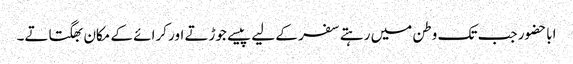
اباحضور جب تک وطن میں رہتے سفر کے لیے پیسے جوڑتے اور کرائے کے مکان بھگتاتے۔